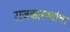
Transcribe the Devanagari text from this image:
राजकारण्यांचा